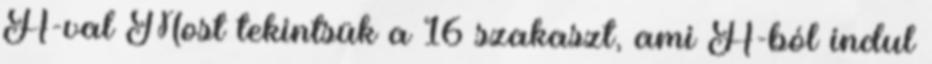
A-val Most tekintsük a 16 szakaszt, ami A-ból indul